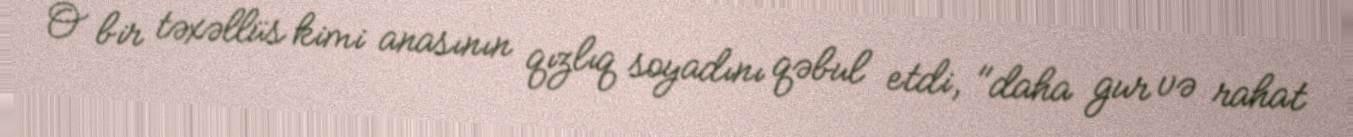
O bir təxəllüs kimi anasının qızlıq soyadını qəbul etdi, "daha gur və rahat